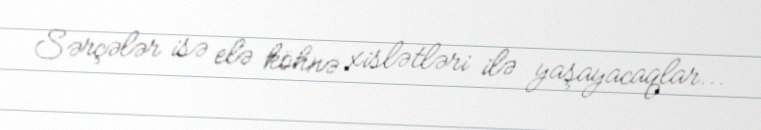
Sərçələr isə elə köhnə xislətləri ilə yaşayacaqlar...